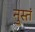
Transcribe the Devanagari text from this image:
नुस्तं